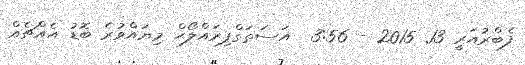
ފެބްރުއަރީ 13